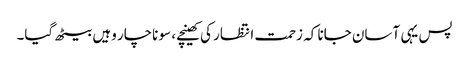
پس یہی آسان جانا کہ زحمت انتظار کی کھینچے، سو ناچار وہیں بیٹھ گیا۔